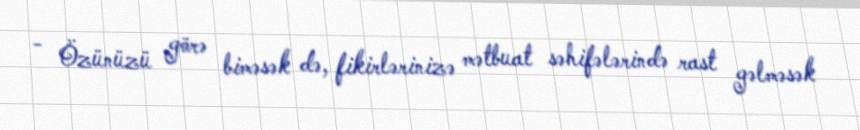
- Özünüzü görə biməsək də, fikirlərinizə mətbuat səhifələrində rast gəlməsək